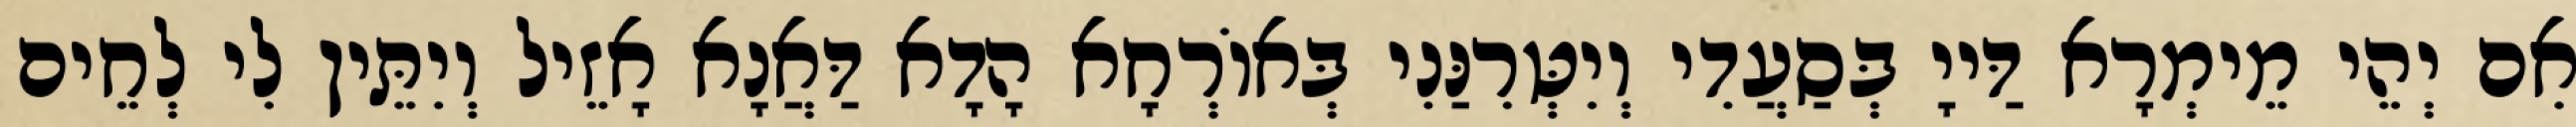
אִם יְהֵי מֵימְרָא דַּייָ בְּסַעֲדִי וְיִטְּרִנַּנִי בְּאוֹרְחָא הָדָא דַּאֲנָא אָזֵיל וְיִתֵּין לִי לְחֵים